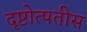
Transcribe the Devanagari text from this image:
दृष्टोत्पतीस